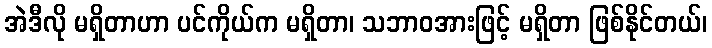
အဲဒီလို မရှိတာဟာ ပင်ကိုယ်က မရှိတာ၊ သဘာဝအားဖြင့် မရှိတာ ဖြစ်နိုင်တယ်၊